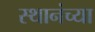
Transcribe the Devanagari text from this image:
स्थानंच्या